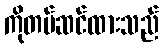
ကိုတပ်ဆင်ထားသည်